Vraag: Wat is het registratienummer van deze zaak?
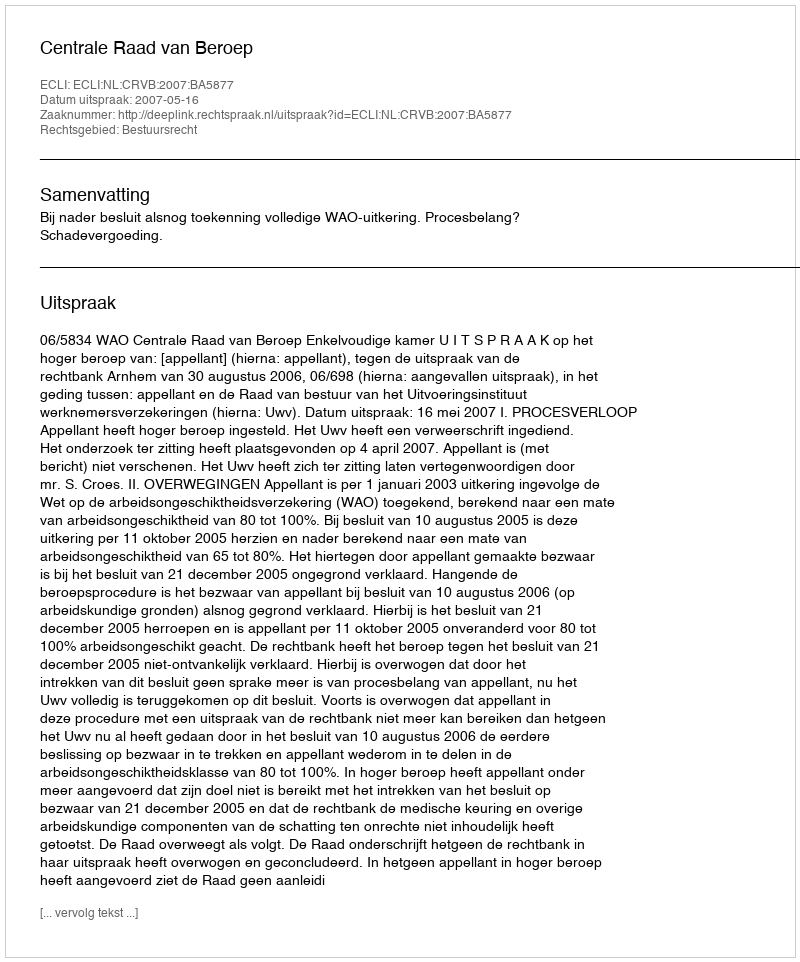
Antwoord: http://deeplink.rechtspraak.nl/uitspraak?id=ECLI:NL:CRVB:2007:BA5877